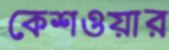
কেশওয়ার